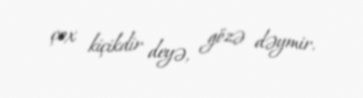
çox kiçikdir deyə, gözə dəymir.